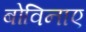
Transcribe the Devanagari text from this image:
बोविनाए